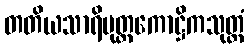
တတိယသာရိပုတ္တကောဋ္ဌိကသုတ္တံ